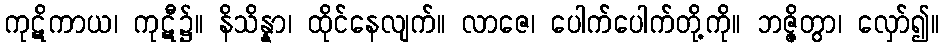
ကုဋိကာယ၊ ကုဋီ၌။ နိသိန္နာ၊ ထိုင်နေလျက်။ လာဇေ၊ ပေါက်ပေါက်တို့ကို။ ဘဇ္ဇိတွာ၊ လှော်၍။